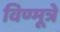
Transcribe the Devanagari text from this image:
विण्मूत्रे